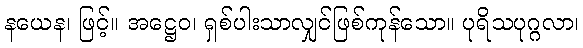
နယေန၊ ဖြင့်။ အဋ္ဌေဝ၊ ရှစ်ပါးသာလျှင်ဖြစ်ကုန်သော။ ပုရိသပုဂ္ဂလာ၊